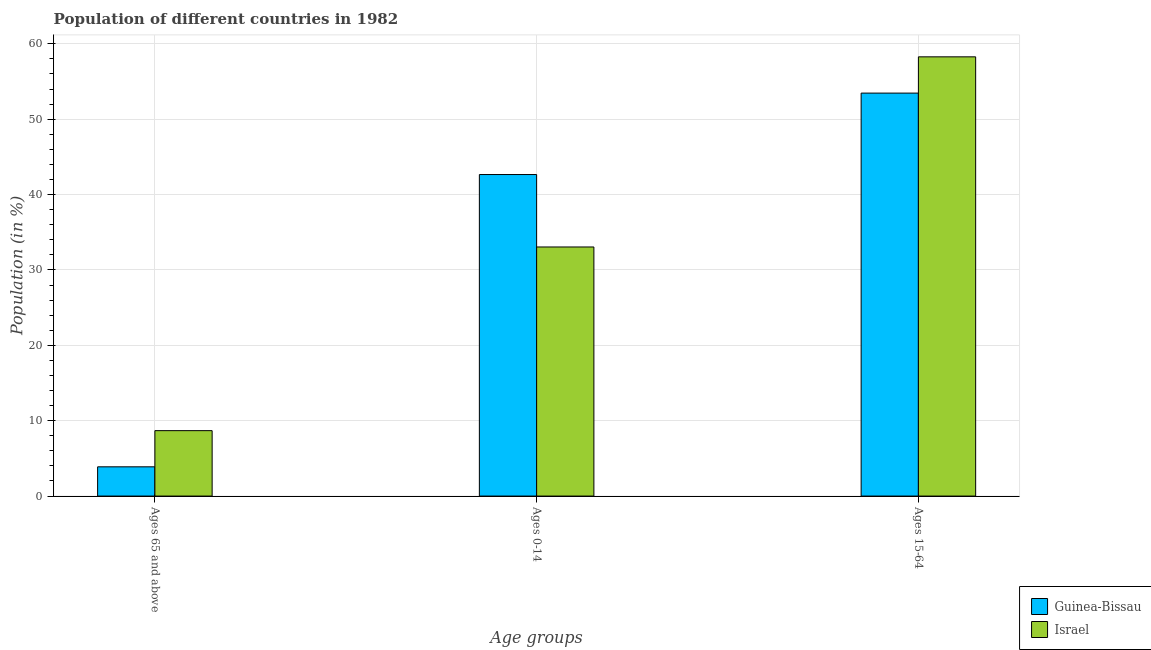
| Age groups | Guinea-Bissau | Israel |
 | --- | --- | --- |
 | Ages 65 and above | 3.88 | 8.68 |
 | Ages 0-14 | 42.7 | 33 |
 | Ages 15-64 | 53.5 | 58.3 |